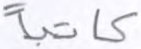
كاتبا